Leningradi_Edasi_toimetus, lk 94
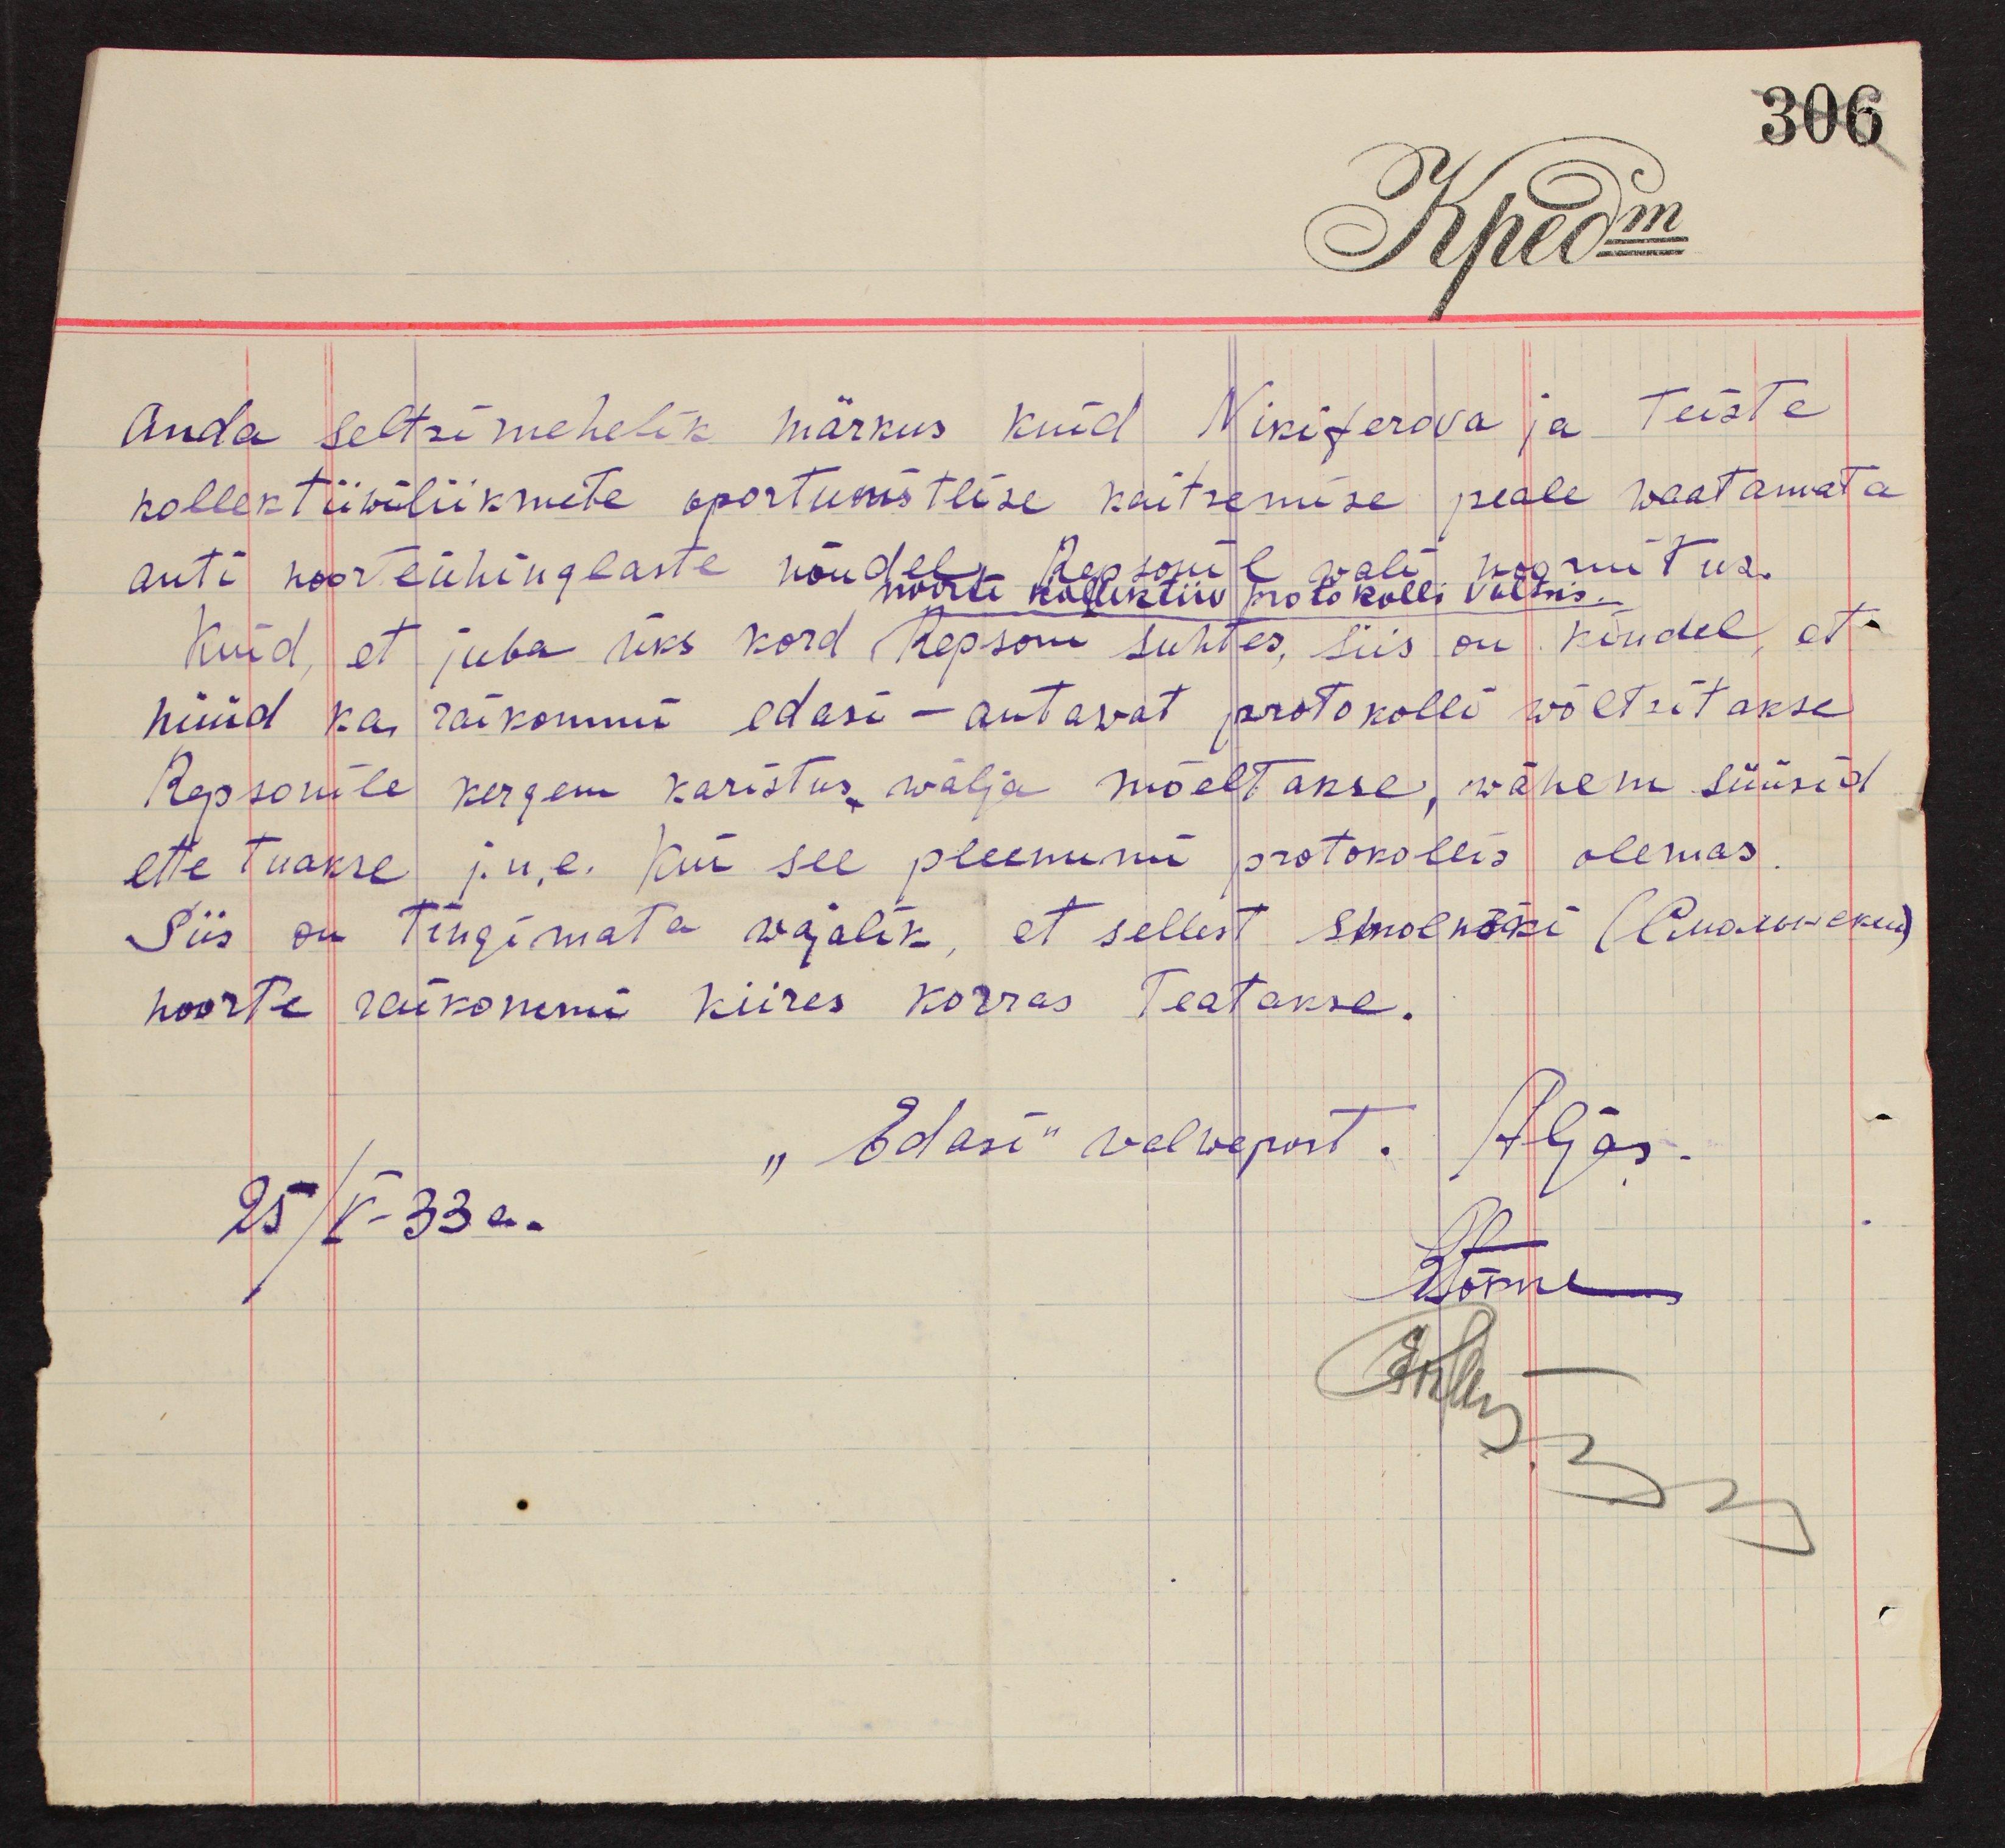
306
anda seltsimehelik märkus kuid Nikiferova ja teiste
kollektiiwiliikmete oportunistlise kaitsemise peale waatamata
anti noorteühinglaste nõudel Repsonil wali noomitus.
noorte kollektiiv protokolli võltsis.
Kuid, et juba üks kord Repsoni suhtes, siis on kindel, et
nüüd ka raikommi edasi - antawat protokolli wõltsitakse
Repsonile kergem karistus wälja mõeltakse, wähem süüsid
ette tuakse j.n.e. kui see pleenumi protokollis olemas.
Siis on tingimata wajalik, et sellest smolnõki (Смолынски)
noorte raikommi kiires korras teatakse.
"Edasi" valwepost. Aljas.
25/V 33a.
KTõrne
Arstus